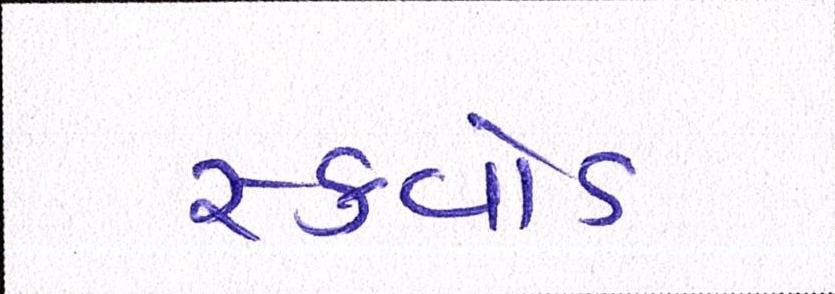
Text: સ્ક્વોડ